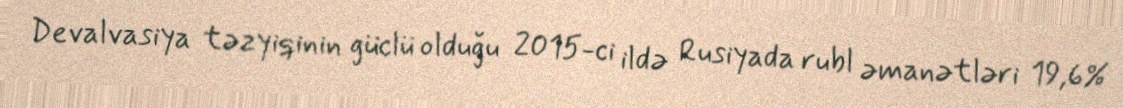
Devalvasiya təzyiqinin güclü olduğu 2015-ci ildə Rusiyada rubl əmanətləri 19,6%